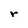
Character: r